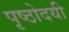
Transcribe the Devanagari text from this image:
पृष्ठोदयी